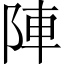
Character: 陣